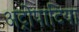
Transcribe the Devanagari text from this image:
अट्रोपाटिया